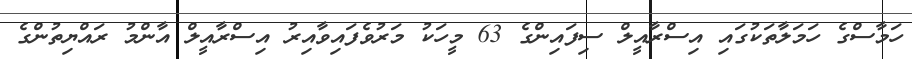
ހަމާސްގެ ހަމަލާތަކުގައި އިސްރާއީލް ސިފައިންގެ 63 މީހަކު މަރުވެފައިވާއިރު އިސްރާއީލް އާންމު ރައްޔިތުންގެ